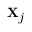
\mathbf { X } _ { j }